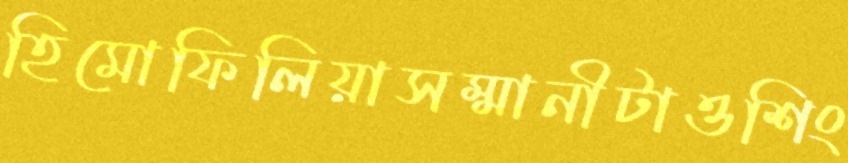
হিমোফিলিয়াসম্মানীটাওশিং